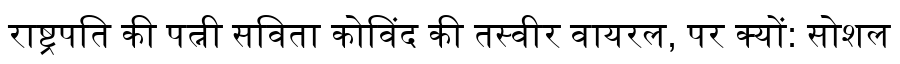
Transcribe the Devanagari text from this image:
राष्ट्रपति की पत्नी सविता कोविंद की तस्वीर वायरल, पर क्यों: सोशल